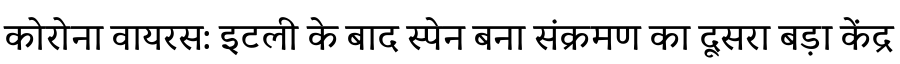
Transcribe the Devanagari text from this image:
कोरोना वायरस: इटली के बाद स्पेन बना संक्रमण का दूसरा बड़ा केंद्र